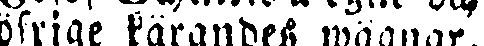
öfrige kärandes wägnar,